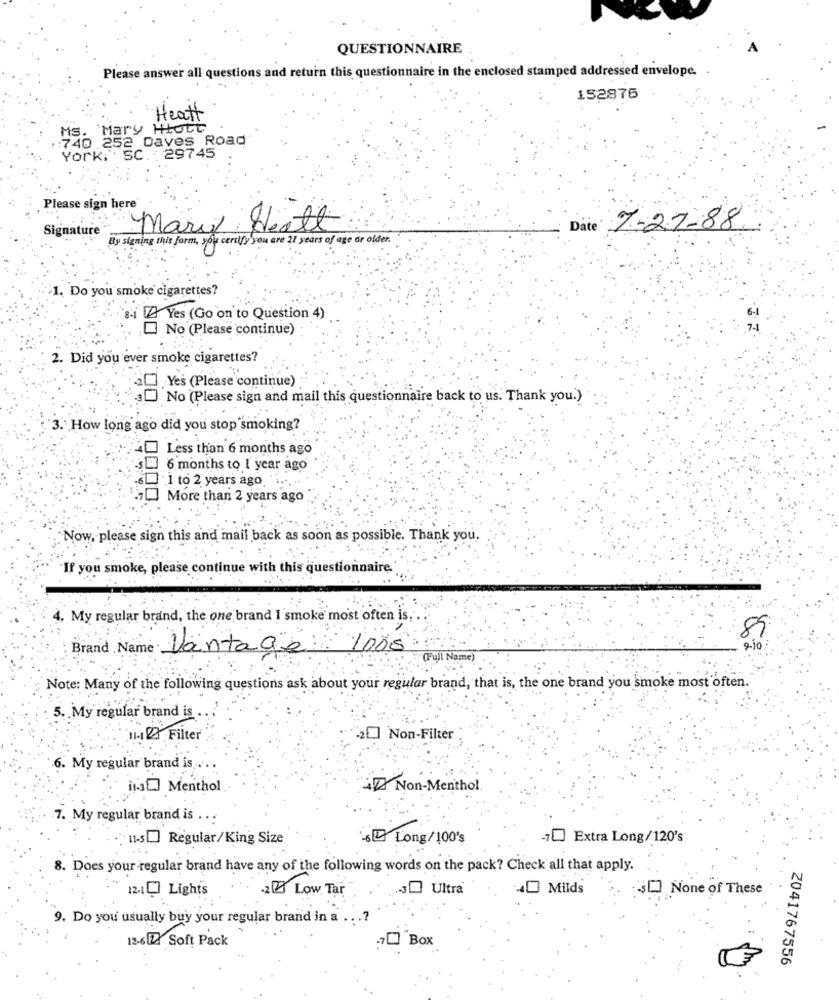
QUESTIONNAIRE
Please answer all questions and return this questionnaire in the enclosed stamped addressed envelope.
152875
Heatt
Ms. 'Mary HIG
740.252 Daves Road
York, SC. 29745
Please sign here"
Signature
Mary Heath
Date 7-27-88
y signing this form, you certify you are 21 years of age or older.
1. Do you smoke cigarettes?
si Yes (Go on to Question 4)
No (Please continue)
2. Did you ever smoke cigarettes?
2 .Yes (Please continue)
3D No (Please sign and mail this questionnaire back to us. Thank you.)
3. How long ago did you stop smoking?
40 Less than 6 months ago
6 months to 1 year ago
6 1 to 2 years ago.
More than 2 years ago
Now, please sign this and mail back as soon as possible. Thank you.
"If you smoke, please continue with this questionnaire.
4. My regular brand, the one brand I smoke most often is,
85
Brand Name: Vantage 1005
"(Full Name)
Note: Many of the following questions ask about your regular brand, that is, the one brand you smoke most often.
5. My regular brand is
11-1 2 Filter
"20] Non-Filter
6. My regular brand is ..
is Menthol
Non-Menthol
7. My regular brand is .
us] Regular/King Size
Long/ 100's
Extra Long/120's
8. Does your regular brand have any of the following words on the pack? Check all that apply.
12.10 Lights
Low Tar
JOUltra
40 Milds
SD None of These
9. Do you' usually buy your regular brand in a .. .?
12-6Zł Soft Pack
:7 Box
2041767556